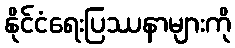
နိုင်ငံရေးပြဿနာများကို